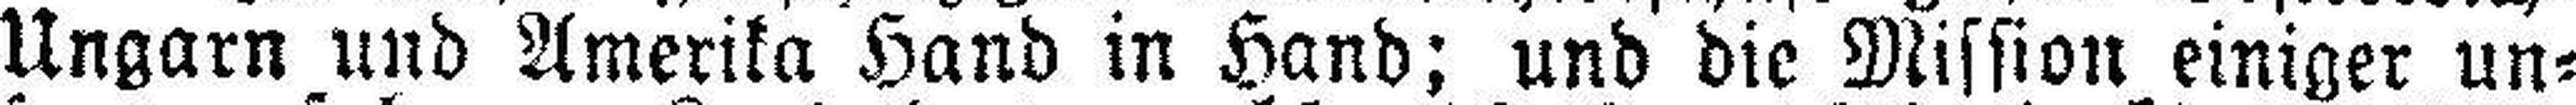
Ungarn und Amerika Hand in Hand; und die Mission einiger un¬